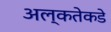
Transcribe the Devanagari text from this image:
अल्कतेकडे